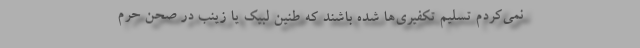
نمی‌کردم تسلیم تکفیری‌ها شده باشند که طنین لبیک یا زینب در صحن حرم